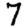
Digit: 7